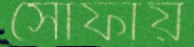
সোফায়